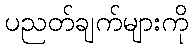
ပညတ်ချက်များကို